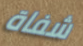
شفاة